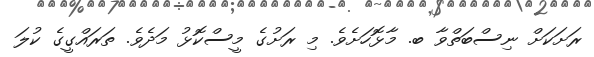
ރަށަކަށް ނިސްބަތްވާ ބ. މާޅޮހަށެވެ. މި ރަށުގެ މީސްކޮޅު މަދެވެ. ތަރައްގީގެ ކުލަ